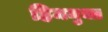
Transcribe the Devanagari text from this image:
हिममुक्त